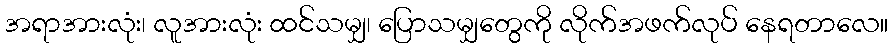
အရာအားလုံး၊ လူအားလုံး ထင်သမျှ၊ ပြောသမျှတွေကို လိုက်အဖက်လုပ် နေရတာလေ။